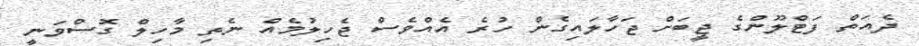
ދެއަތް ފަޓްލޫންގެ ޖީބަށް ޖަހާލައިގެން ހުރެ އެއްވެސް ޖެހިލުމެއް ނެތި މާހިލް ގޮސްވަނީ